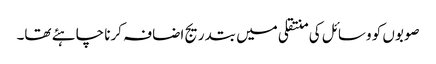
صوبوں کو وسائل کی منتقلی میں بتدریج اضافہ کرنا چاہئے تھا۔